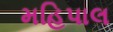
મહિપાલ